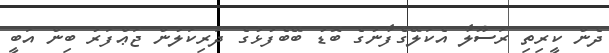
ދެން ކީރިތި ރަސޫލާ އެކަލޭގެފާނުގެ ބޮޑު ބޭބެފުޅުގެ ދަރިކަލުން ޖަޢްފަރު ބިން އަބީ